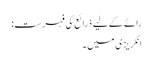
رائے کے لیے ذرائع کی فہرست:
انگریزی میں۔